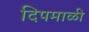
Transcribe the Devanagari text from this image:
दिपमाळी